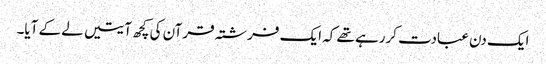
ایک دن عبادت کررہے تھے کہ ایک فرشتہ قرآن کی کچھ آیتیں لے کے آیا۔